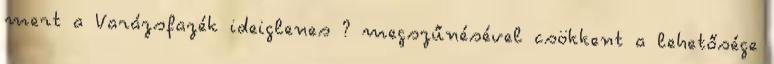
mert a Varázsfazék ideiglenes ? megszűnésével csökkent a lehetősége